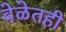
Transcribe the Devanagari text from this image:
वेळेतही